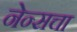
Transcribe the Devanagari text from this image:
नेन्सचा